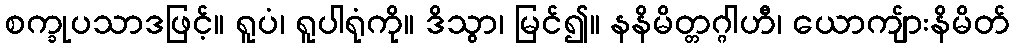
စက္ခုပသာဒဖြင့်။ ရူပံ၊ ရူပါရုံကို။ ဒိသွာ၊ မြင်၍။ နနိမိတ္တဂ္ဂါဟီ၊ ယောကျ်ားနိမိတ်